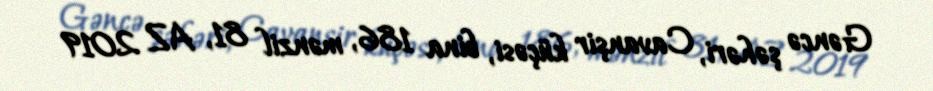
Gəncə şəhəri, Cavanşir küçəsi, bina 186, mənzil 81, AZ 2019